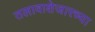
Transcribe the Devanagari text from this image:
तलावाशेजारच्या